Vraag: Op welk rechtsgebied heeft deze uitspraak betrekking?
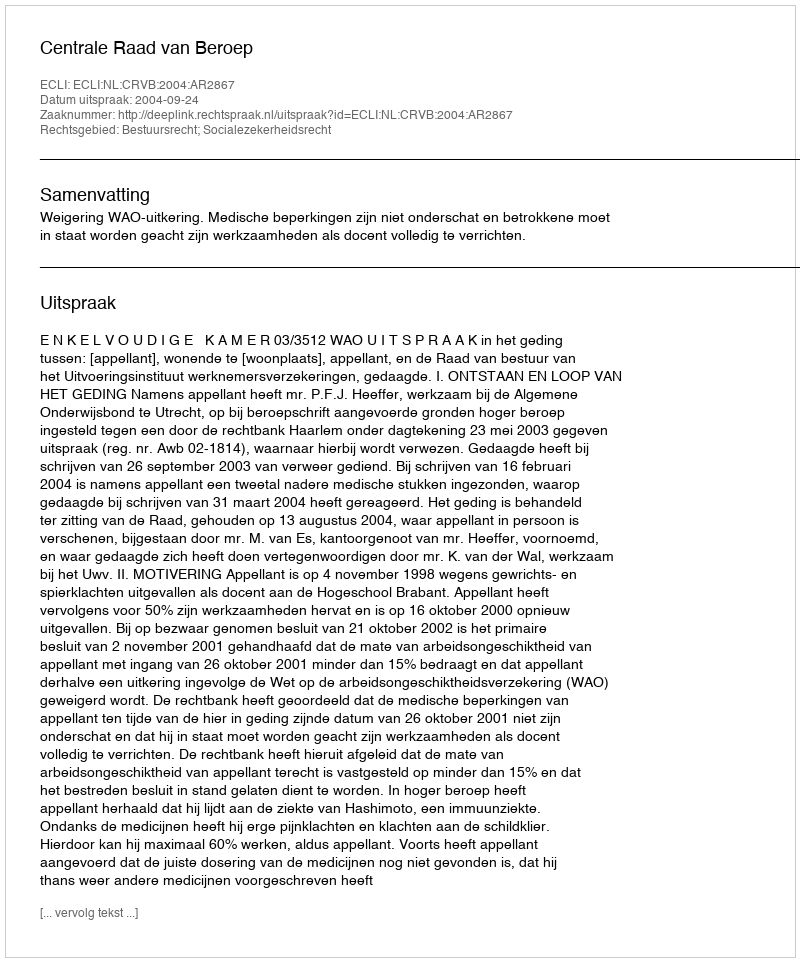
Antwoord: Bestuursrecht; Socialezekerheidsrecht